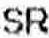
SR